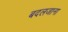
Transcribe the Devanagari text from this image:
बदलजाना